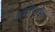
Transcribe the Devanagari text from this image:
लौंगीकोर्निस